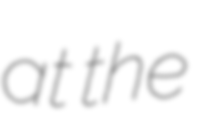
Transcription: at the